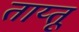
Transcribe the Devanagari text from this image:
ताय्तू